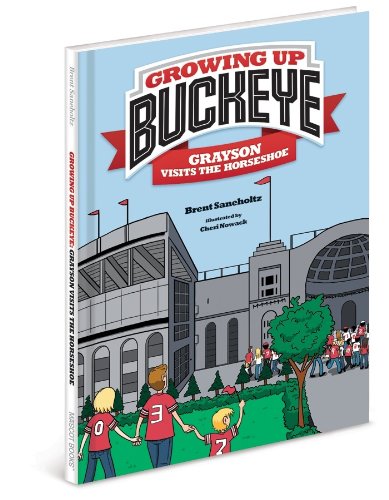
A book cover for Growing Up Buckeye - Grayson Visits The Horseshoe; Brent D. Saneholtz; Children's Books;